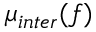
\mu _ { i n t e r } ( f )